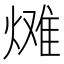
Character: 𪹠